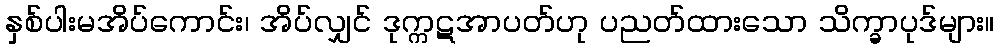
နှစ်ပါးမအိပ်ကောင်း၊ အိပ်လျှင် ဒုက္ကဋအာပတ်ဟု ပညတ်ထားသော သိက္ခာပုဒ်များ။